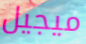
ميجيل